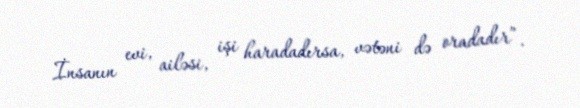
İnsanın evi, ailəsi, işi haradadırsa, vətəni də oradadır”.